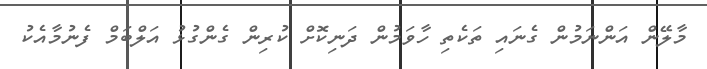
މާލޭން އަންނަމުން ގެނައި ތަކެތި ހާވަމުން ދަނިކޮށް ކުރިން ގެންގުޅު އަލްބަމް ފެނުމާއެކު